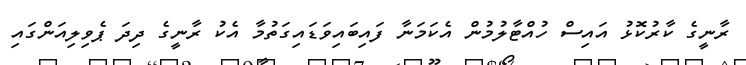
ރާނީގެ ކާރުކޮޅު އައިސް ހުއްޓާލުމުން އެކަމަނާ ފައިބައިވަޑައިގަތުމާ އެކު ރާނީގެ ދިދަ ޕެވިލިއަންގައި